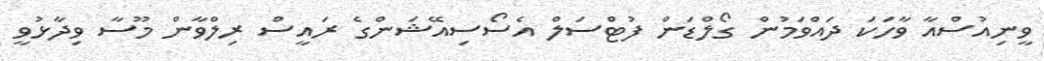
ވީނިއުސްއާ ވާހަކަ ދައްވަމުން ގޯލްޑަން ފުޓްސަލް އެސޯސިއޭޝަންގެ ރައީސް ރިލްވާން މޫސާ ވިދާޅުވީ